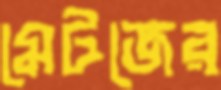
মেটজের